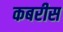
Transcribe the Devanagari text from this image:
कबरीस